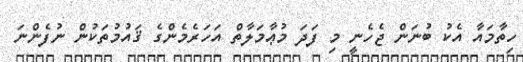
ހިތާމައާ އެކު ބުނަން ޖެހެނީ މި ފަދަ މުޢާމަލާތް އަހަރެމެންގެ ޤައުމުތަކުން ނުފެންނަ